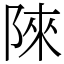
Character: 䧒